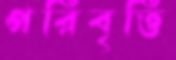
পরিবৃত্তি